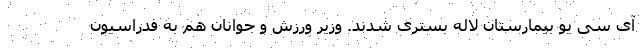
آی سی یو بیمارستان لاله بستری شدند. وزیر ورزش و جوانان هم به فدراسیون